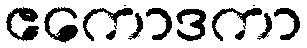
ဧကောဒကာ